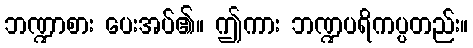
ဘဏ္ဍာစား ပေးအပ်၏။ ဤကား ဘဏ္ဍပရိကပ္ပတည်း။